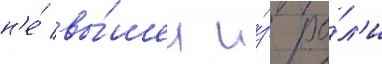
н'е́ вы́шел и́з ро́л'и